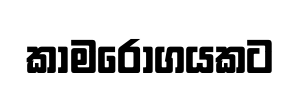
කාමරෝගයකට